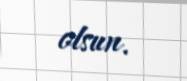
olsun.